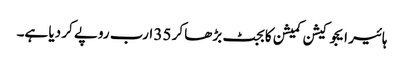
ہائیر ایجوکیشن کمیشن کا بجٹ بڑھا کر 35 ارب روپے کر دیا ہے۔